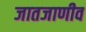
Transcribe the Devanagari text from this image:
जातजाणीव